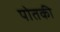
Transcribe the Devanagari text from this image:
पोतकी